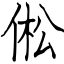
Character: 倯